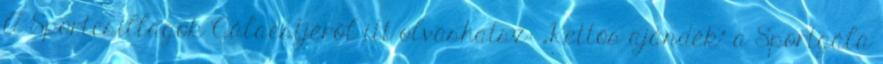
A Sportcsillagok Gálaestjéről itt olvashatsz: „Kettős ajándék” a Sportgála